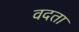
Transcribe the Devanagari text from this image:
वदता